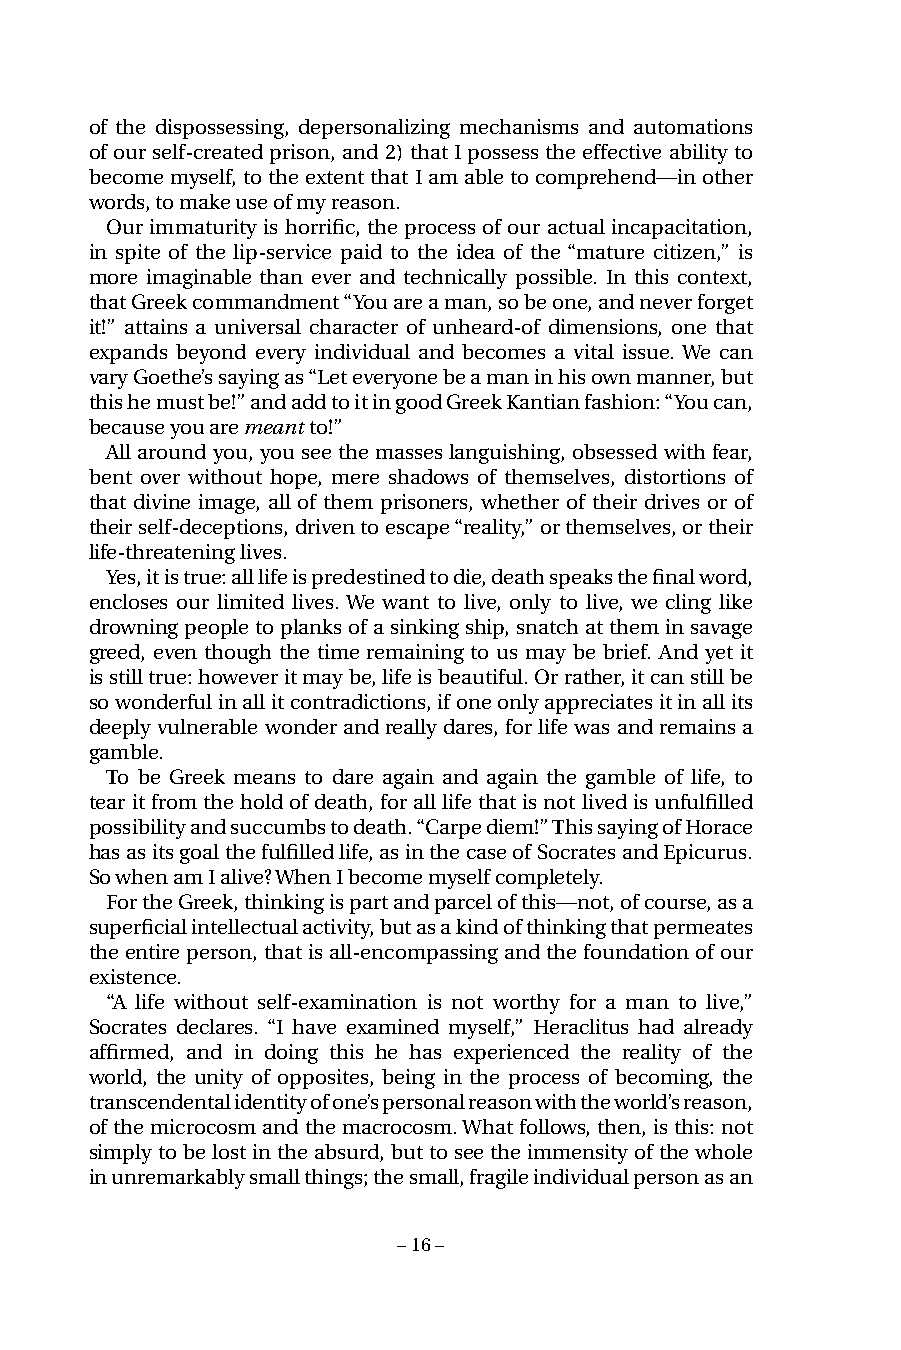
of the dispossessing, depersonalizing mechanisms and automations
 of our self-created prison, and 2) that I possess the effective ability to
 become myself, to the extent that I am able to comprehend—in other
 words, to make use of my reason.
 Our immaturity is horrific, the process of our actual incapacitation,
 in spite of the lip-service paid to the idea of the “mature citizen,” is
 more imaginable than ever and technically possible. In this context,
 that Greek commandment “You are a man, so be one, and never forget
 it!” attains a universal character of unheard-of dimensions, one that
 expands beyond every individual and becomes a vital issue. We can
 vary Goethe’s saying as “Let everyone be a man in his own manner, but
 this he must be!” and add to it in good Greek Kantian fashion: “You can,
 because you are meant to!”
 All around you, you see the masses languishing, obsessed with fear,
 bent over without hope, mere shadows of themselves, distortions of
 that divine image, all of them prisoners, whether of their drives or of
 their self-deceptions, driven to escape “reality,” or themselves, or their
 life-threatening lives.
 Yes, it is true: all life is predestined to die, death speaks the final word,
 encloses our limited lives. We want to live, only to live, we cling like
 drowning people to planks of a sinking ship, snatch at them in savage
 greed, even though the time remaining to us may be brief. And yet it
 is still true: however it may be, life is beautiful. Or rather, it can still be
 so wonderful in all it contradictions, if one only appreciates it in all its
 deeply vulnerable wonder and really dares, for life was and remains a
 gamble.
 To be Greek means to dare again and again the gamble of life, to
 tear it from the hold of death, for all life that is not lived is unfulfilled
 possibility and succumbs to death. “Carpe diem!” This saying of Horace
 has as its goal the fulfilled life, as in the case of Socrates and Epicurus.
 So when am I alive? When I become myself completely.
 For the Greek, thinking is part and parcel of this—not, of course, as a
 superficial intellectual activity, but as a kind of thinking that permeates
 the entire person, that is all-encompassing and the foundation of our
 existence.
 “A life without self-examination is not worthy for a man to live,”
 Socrates declares. “I have examined myself,” Heraclitus had already
 affirmed, and in doing this he has experienced the reality of the
 world, the unity of opposites, being in the process of becoming, the
 transcendental identity of one’s personal reason with the world’s reason,
 of the microcosm and the macrocosm. What follows, then, is this: not
 simply to be lost in the absurd, but to see the immensity of the whole
 in unremarkably small things; the small, fragile individual person as an
 – 16 –